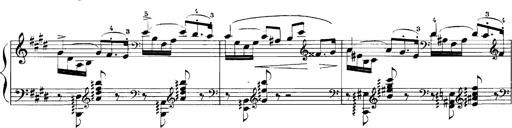
Title: Rhapsodies hongroises
Composer: Franz Liszt